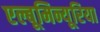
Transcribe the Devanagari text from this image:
एल्बूमिन्यूरिया